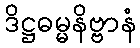
ဒိဋ္ဌဓမ္မနိဗ္ဗာနံ